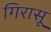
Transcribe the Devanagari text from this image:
गिरासू